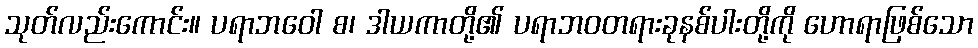
သုတ်လည်းကောင်း။ ပရာဘဝေါ စ၊ ဒါယကာတို့၏ ပရာဘဝတရားခုနစ်ပါးတို့ကို ဟောရာဖြစ်သော